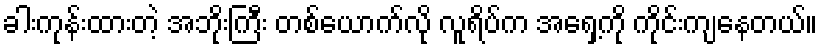
ခါးကုန်းထားတဲ့ အဘိုးကြီး တစ်ယောက်လို လူရိပ်က အရှေ့ကို ကိုင်းကျနေတယ်။